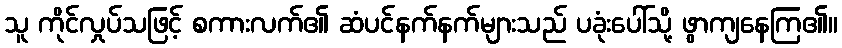
သူ ကိုင်လှုပ်သဖြင့် စကားလက်၏ ဆံပင်နက်နက်များသည် ပခုံးပေါ်သို့ ဖွာကျနေကြ၏။